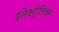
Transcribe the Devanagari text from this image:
इलेक्ट्रॊनिक्स